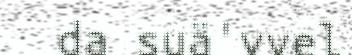
da suä'vvel